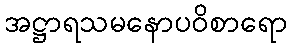
အဋ္ဌာရသမနောပဝိစာရော